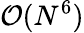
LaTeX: \mathcal{O}(N^{6})